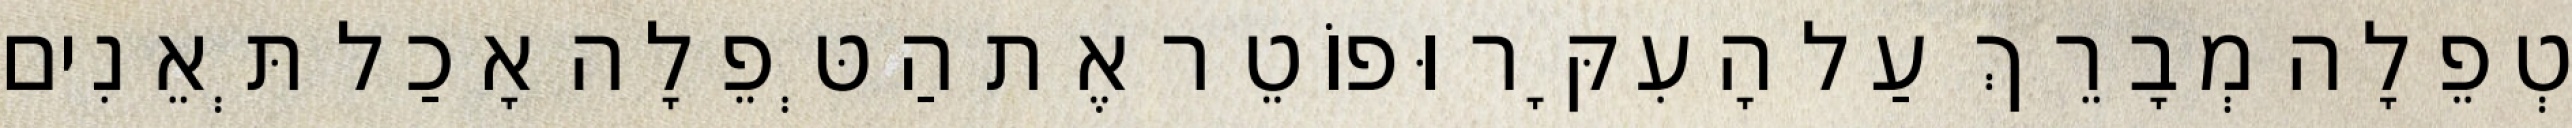
טְפֵלָה מְבָרֵךְ עַל הָעִקָּר וּפוֹטֵר אֶת הַטְּפֵלָה אָכַל תְּאֵנִים